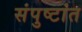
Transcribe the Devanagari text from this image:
संपुष्टांत